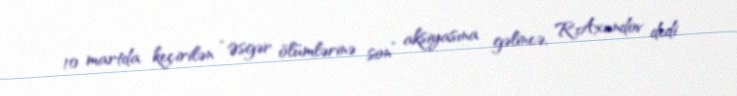
10 martda keçirilən “Əsgər ölümlərinə son” aksiyasına gəlincə, R.Axundov dedi